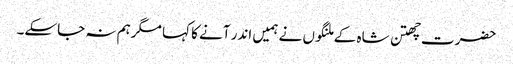
حضرت چھتن شاہ کے ملنگوں نے ہمیں اندر آنے کا کہا مگرہم نہ جاسکے۔